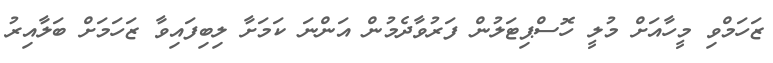
ޒަހަމްވި މީހާއަށް މުލީ ހޮސްޕިޓަލުން ފަރުވާދެމުން އަންނަ ކަމަށާ ލިބިފައިވާ ޒަހަމަށް ބަލާއިރު